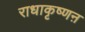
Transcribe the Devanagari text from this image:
राधाकृष्णऩ